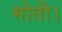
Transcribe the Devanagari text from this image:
मोती।